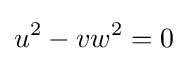
u^{2}-vw^{2}=0